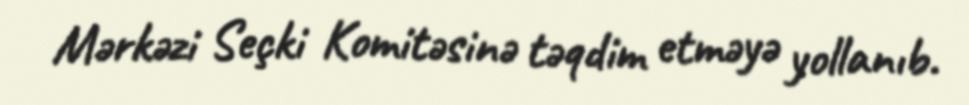
Mərkəzi Seçki Komitəsinə təqdim etməyə yollanıb.